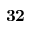
\mathbf { 3 2 }